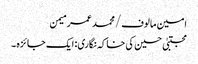
امین مالوف/ محمد عمر میمن
مجتبیٰ حسین کی خاکہ نگاری: ایک جائزہ ۔